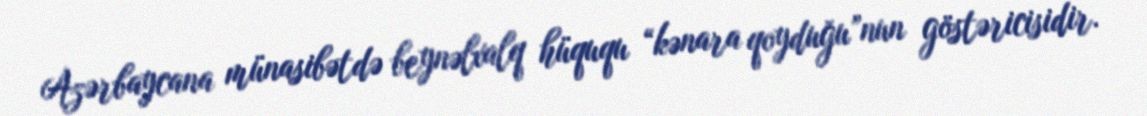
Azərbaycana münasibətdə beynəlxalq hüququ “kənara qoyduğu”nun göstəricisidir.